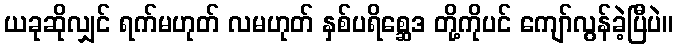
ယခုဆိုလျှင် ရက်မဟုတ် လမဟုတ် နှစ်ပရိစ္ဆေဒ တို့ကိုပင် ကျော်လွန်ခဲ့ပြီပဲ။